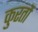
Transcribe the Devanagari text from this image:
कुरतों